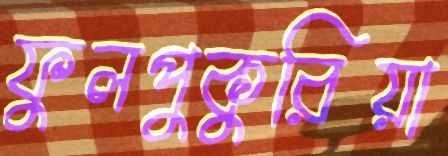
ফুলপুকুরিয়া